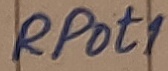
Text: RPot1